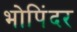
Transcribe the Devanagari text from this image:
भोपिंदर